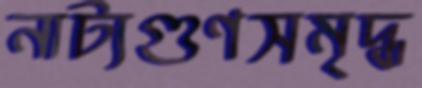
নাট্যগুণসমৃদ্ধ